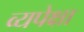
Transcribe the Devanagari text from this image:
व्यपेक्षा